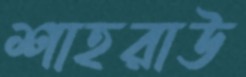
শাহরাউ